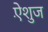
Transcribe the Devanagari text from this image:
ऐंशुज